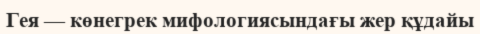
Гея — көнегрек мифологиясындағы жер құдайы